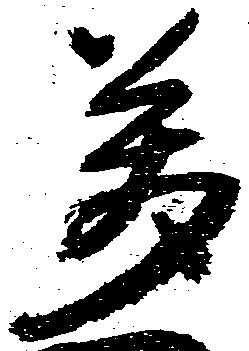
万